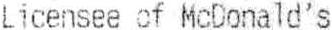
LICENSEE OF MCDONALD'S